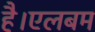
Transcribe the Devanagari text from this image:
है।एलबम